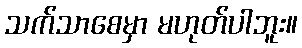
သက်သာစေမှာ မဟုတ်ပါဘူး။